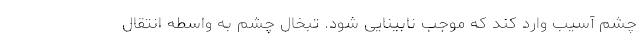
چشم آسیب وارد کند که موجب نابینایی شود. تبخال چشم به واسطه انتقال